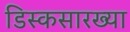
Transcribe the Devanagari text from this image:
डिस्कसारख्या